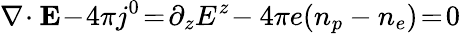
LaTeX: \nabla\! \cdot{\mathbf E}\! -\! 4\pi j^{0}\! =\! \partial_{z}E^{z}\! -4\pi e(n_{p}-n_{e})\! =\! 0